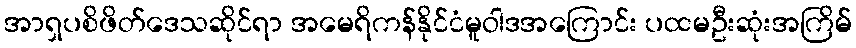
အာရှပစိဖိတ်ဒေသဆိုင်ရာ အမေရိကန်နိုင်ငံမူဝါဒအကြောင်း ပထမဦးဆုံးအကြိမ်